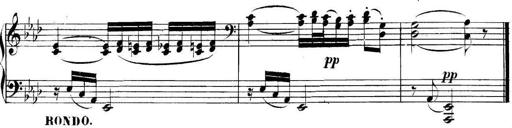
Title: Collected Piano Sonatas
Composer: Muzio Clementi